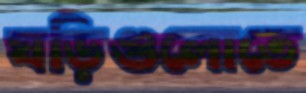
ঘড়িগুলোতে